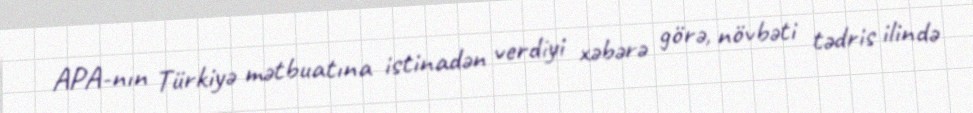
APA-nın Türkiyə mətbuatına istinadən verdiyi xəbərə görə, növbəti tədris ilində